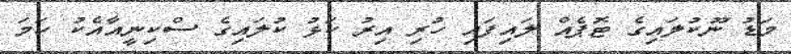
މަޑު ނޫކުލައިގެ ޓޮޕެއް ލައިފައި ހުރި އިރު ކަޅު ކުލައިގެ ސްކިނީއާއެކު ހަމަ